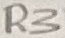
Text: R3